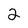
Character: 2